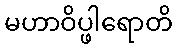
မဟာဝိပ္ဖါရောတိ